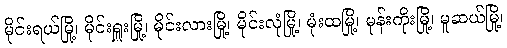
မိုင်းရယ်မြို့၊ မိုင်းရှူးမြို့၊ မိုင်းလားမြို့၊ မိုင်းလုံမြို့၊ မုံးထမြို့၊ မုန်းကိုးမြို့၊ မူဆယ်မြို့၊